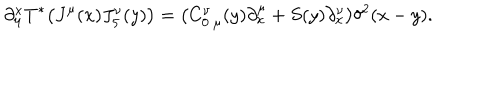
\partial _ { \mu } ^ { x } T ^ { * } \big ( J ^ { \mu } ( x ) J _ { 5 } ^ { \nu } ( y ) \big ) = \big ( C _ { 0 \ \mu } ^ { \nu } ( y ) \partial _ { x } ^ { \mu } + S ( y ) \partial _ { x } ^ { \nu } \big ) \delta ^ { 2 } ( x - y ) .